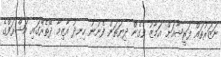
ނަޒަރުތައް ފަރީޝާއަށް އަމާޒު ވެގެން ދިޔަތަން ފެނުނު ހިނދު އާޒިމާ ދޭތެރޭގައި އަޝްރަފްގެ